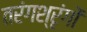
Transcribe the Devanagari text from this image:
तरंगश्रृंगों